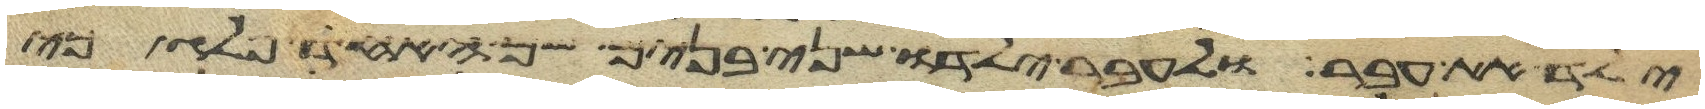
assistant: ילד את עבר ולעבר ילדו שני בנים שם האחד פלג כי